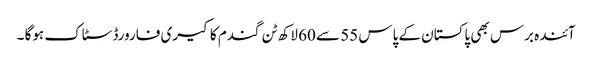
آئندہ برس بھی پاکستان کے پاس 55 سے 60 لاکھ ٹن گندم کا کیری فارورڈ سٹاک ہوگا ۔